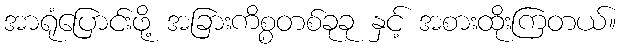
အာရုံပြောင်းဖို့ အခြားကိစ္စတစ်ခုခု နှင့် အစားထိုးကြတယ်။